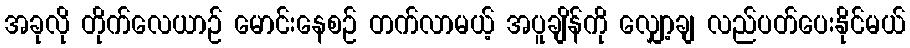
အခုလို တိုက်လေယာဉ် မောင်းနေစဉ် တက်လာမယ့် အပူချိန်ကို လျှော့ချ လည်ပတ်ပေးနိုင်မယ်